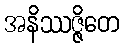
အနိဿဇ္ဇိတေ